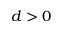
d > 0